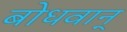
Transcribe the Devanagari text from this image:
बोधवान्